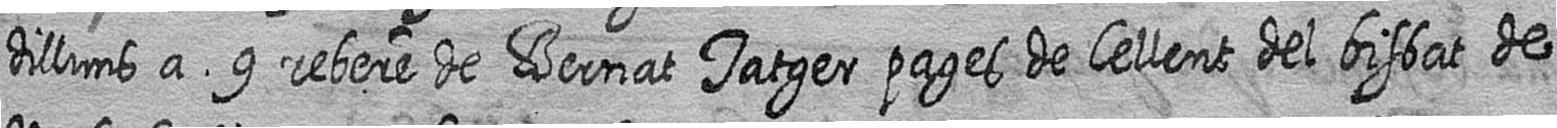
dilluns a 9 rebere de Bernat Tatger pages de Cellent del bisbat de